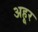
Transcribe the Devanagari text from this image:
अहूर